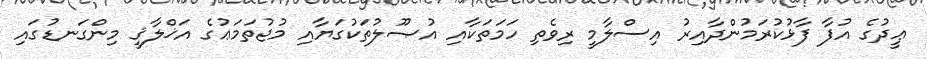
ޢީދުގެ އުފާ ފާޅުކުރަމުންދާއިރު އިސްލާމީ ރިވެތި ހަމަތަކާއި އުޞޫލުތަކުގަޔާއި މުޖުތަމަޢުގެ އަޚްލާޤީ މިންގަނޑުގައި